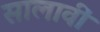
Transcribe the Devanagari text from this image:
सालावीं